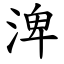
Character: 渒